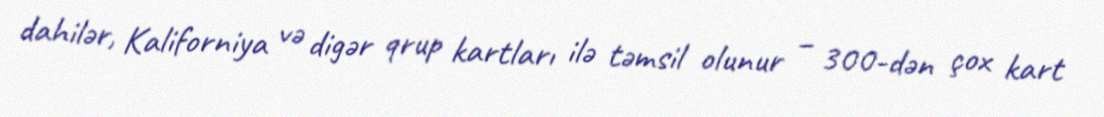
dahilər, Kaliforniya və digər qrup kartları ilə təmsil olunur – 300-dən çox kart